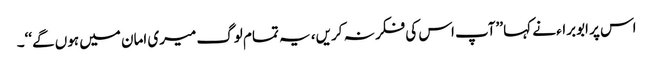
اس پر ابوبراء نے کہا ’’آپ اس کی فکر نہ کریں، یہ تمام لوگ میری امان میں ہوں گے‘‘۔